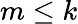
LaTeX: m\leq k